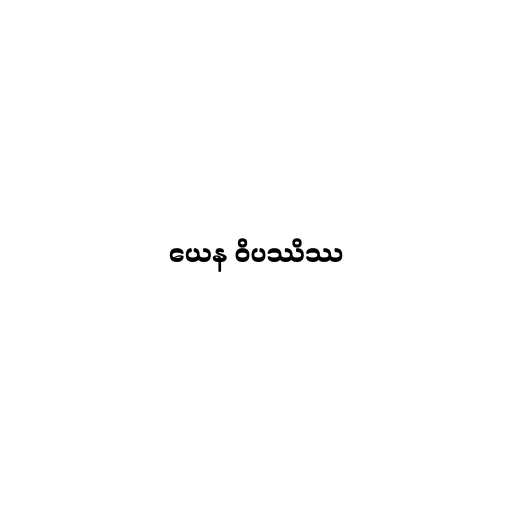
ယေန ဝိပဿိဿ